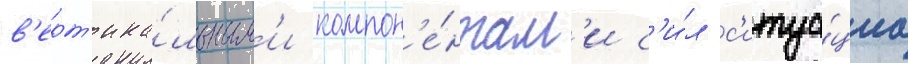
в'ерт'ика́льным'и компон'е́нтам'и с'и́л с'итуа́циа